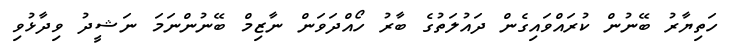
ހަތިޔާރު ބޭނުން ކުރައްވައިގެން ދައުލަތުގެ ބާރު ހޯއްދަވަން ނާޒިމް ބޭނުންނަމަ ނަޝީދު ވިދާޅުވި